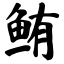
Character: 鲔